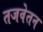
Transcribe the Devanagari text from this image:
तजवेतन